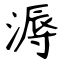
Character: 溽